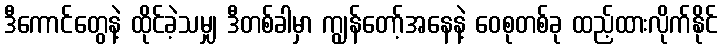
ဒီကောင်တွေနဲ့ ထိုင်ခဲ့သမျှ ဒီတစ်ခါမှာ ကျွန်တော့်အနေနဲ့ ဝေစုတစ်ခု ထည့်ထားလိုက်နိုင်